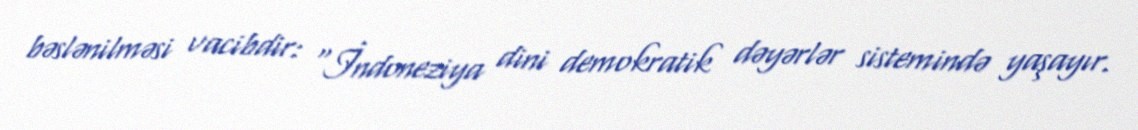
bəslənilməsi vacibdir: "İndoneziya dini demokratik dəyərlər sistemində yaşayır.